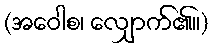
(အဝေါစ၊ လျှောက်၏။)